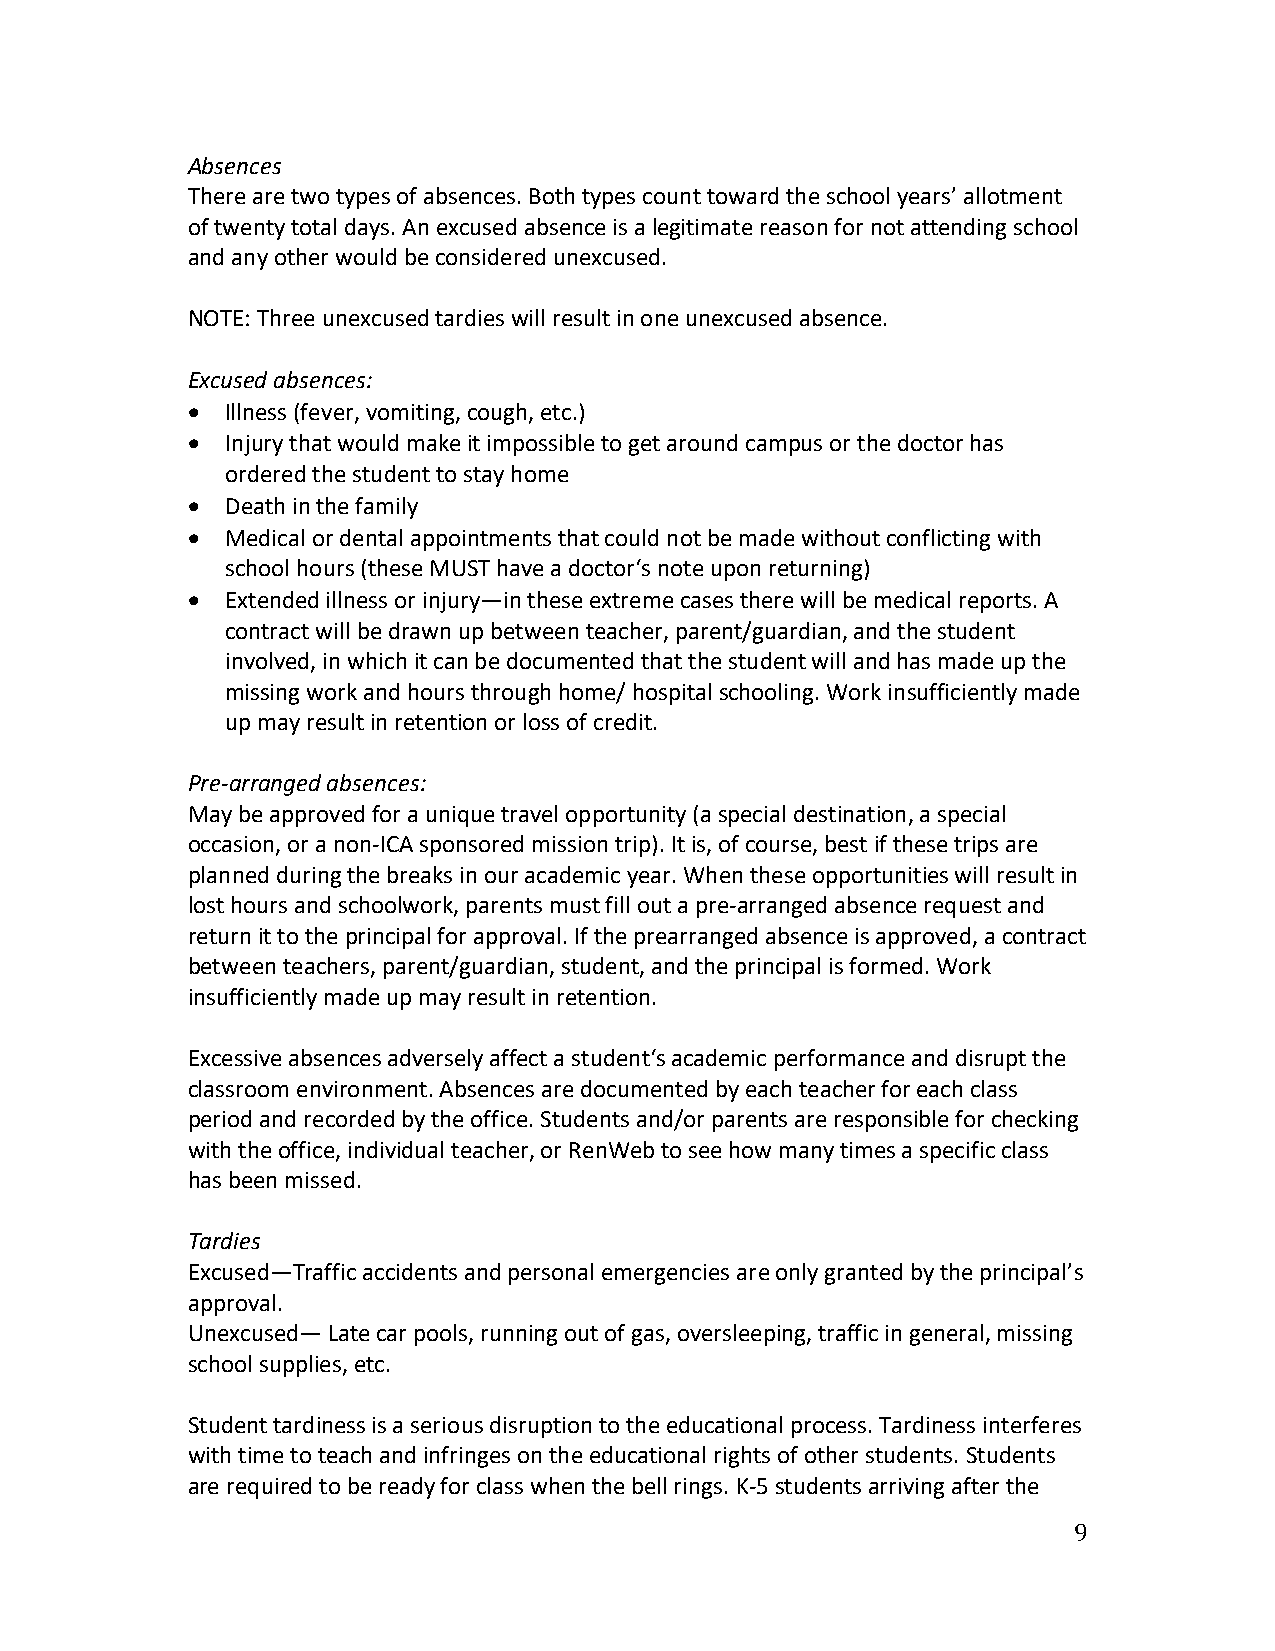
Absences
 There are two types of absences. Both types count toward the school years’ allotment
 of twenty total days. An excused absence is a legitimate reason for not attending school
 and any other would be considered unexcused.
 NOTE: Three unexcused tardies will result in one unexcused absence.
 Excused absences:
 •  Illness (fever, vomiting, cough, etc.)
 •  Injury that would make it impossible to get around campus or the doctor has
 ordered the student to stay home
 •  Death in the family
 •  Medical or dental appointments that could not be made without conflicting with
 school hours (these MUST have a doctor‘s note upon returning)
 •  Extended illness or injury—in these extreme cases there will be medical reports. A
 contract will be drawn up between teacher, parent/guardian, and the student
 involved, in which it can be documented that the student will and has made up the
 missing work and hours through home/ hospital schooling. Work insufficiently made
 up may result in retention or loss of credit.
 Pre-arranged absences:
 May be approved for a unique travel opportunity (a special destination, a special
 occasion, or a non-ICA sponsored mission trip). It is, of course, best if these trips are
 planned during the breaks in our academic year. When these opportunities will result in
 lost hours and schoolwork, parents must fill out a pre-arranged absence request and
 return it to the principal for approval. If the prearranged absence is approved, a contract
 between teachers, parent/guardian, student, and the principal is formed. Work
 insufficiently made up may result in retention.
 Excessive absences adversely affect a student‘s academic performance and disrupt the
 classroom environment. Absences are documented by each teacher for each class
 period and recorded by the office. Students and/or parents are responsible for checking
 with the office, individual teacher, or RenWeb to see how many times a specific class
 has been missed.
 Tardies
 Excused—Traffic accidents and personal emergencies are only granted by the principal’s
 approval.
 Unexcused— Late car pools, running out of gas, oversleeping, traffic in general, missing
 school supplies, etc.
 Student tardiness is a serious disruption to the educational process. Tardiness interferes
 with time to teach and infringes on the educational rights of other students. Students
 are required to be ready for class when the bell rings. K-5 students arriving after the
 9